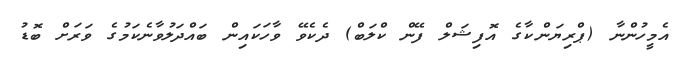
އެމީހުންނާ (ޕްރިޔަންކާގެ އޮފިޝަލް ފޭން ކްލަބް) ދެކެވޭ ވާހަކައިން ބައްދަލުވާނެކަމުގެ ވަރަށް ބޮޑު